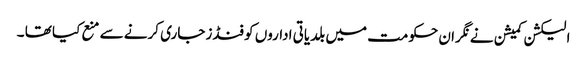
الیکشن کمیشن نے نگران حکومت میں بلدیاتی اداروں کو فنڈز جاری کرنے سے منع کیا تھا ۔